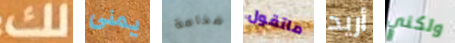
لك يمنى ضخامة ماتقول أريد ولكني